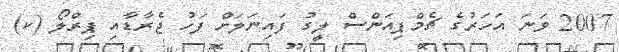
2007 ވަނަ އަހަރުގެ ޗެމްޕިއަންސް ލީގު ފައިނަލަށް ފަހު ޖެރާޑާއި ޕިރްލޯ (ކ)